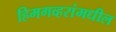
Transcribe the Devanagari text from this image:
हिमगव्हरांमधील